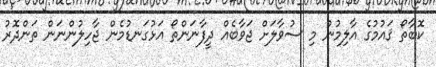
ކޮބާތޯ ޤައުމުގެ އާލިމުން މި ސުވާލަށް ޖަވާބެއް ދީފާނަންތޯ އަޅުގަނޑުމެން ޖާހިލުންނަން ތަންދޮރު